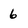
Character: 6